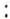
: